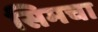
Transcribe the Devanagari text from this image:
सिमचा